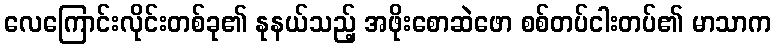
လေကြောင်းလိုင်းတစ်ခု၏ နုနယ်သည့် အဖိုးစောဆဲဖော စစ်တပ်ငါးတပ်၏ မာသာက